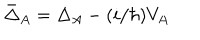
LaTeX: \bar { \Delta } _ { A } = \Delta _ { A } - ( i / \hbar ) V _ { A }